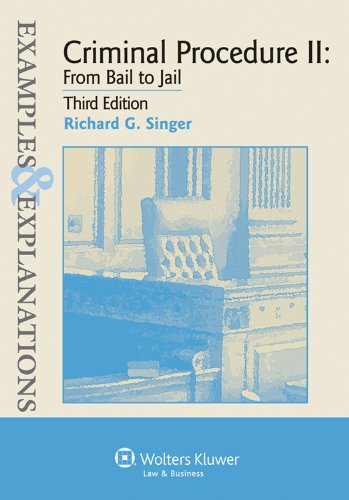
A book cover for Criminal Procedure ll: From Bail to Jail (Examples & Explanations), 3rd Edition; Richard G. Singer; Law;